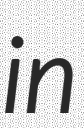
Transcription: in